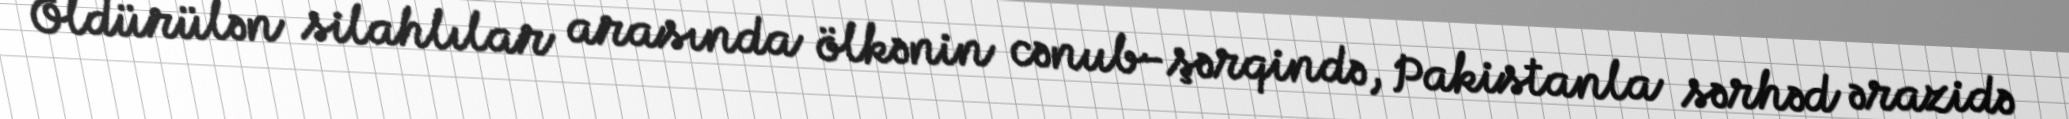
Öldürülən silahlılar arasında ölkənin cənub-şərqində, Pakistanla sərhəd ərazidə